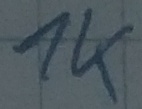
Text: 1K